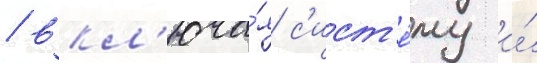
/ вкл'юча́я с'ист'е́му и́